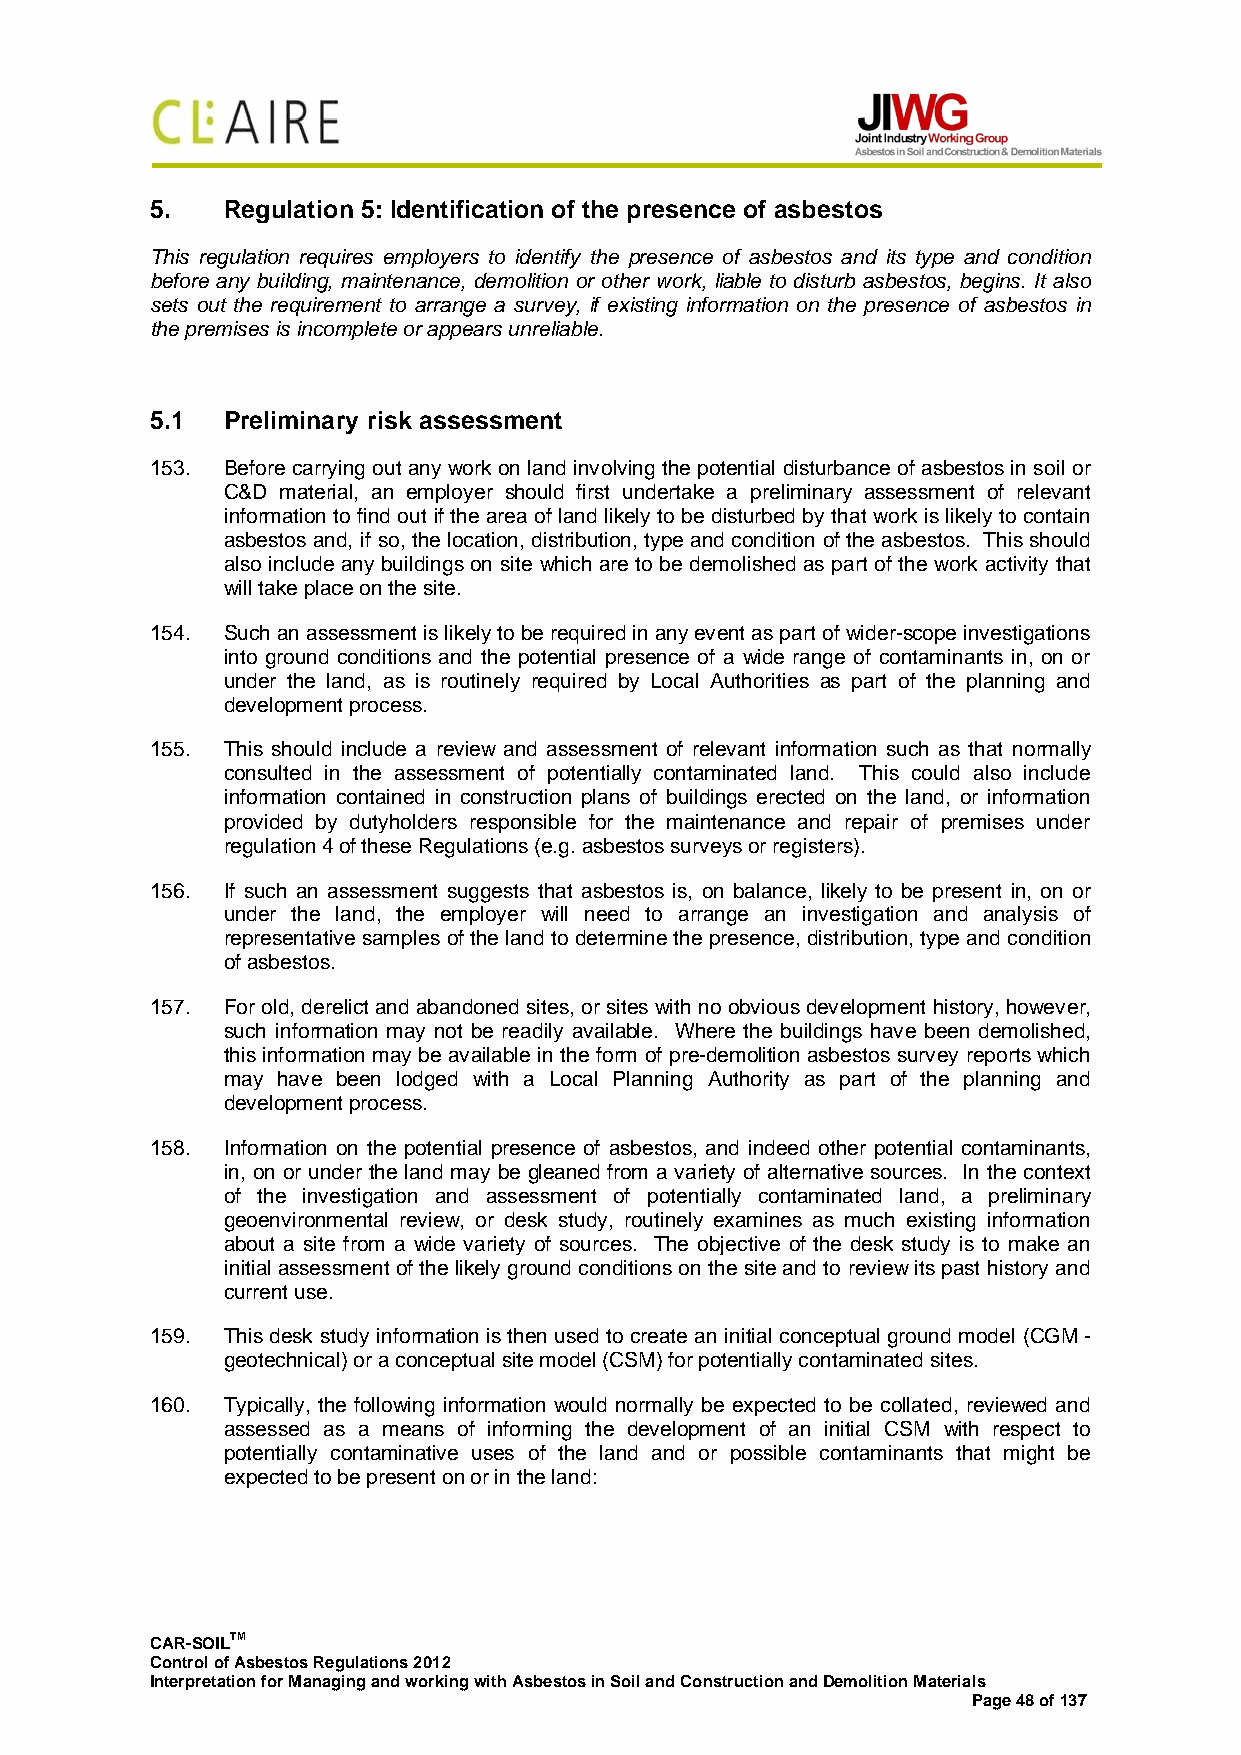
5.   Regulation 5: Identification of the presence of asbestos
 This regulation requires employers to identify the presence of asbestos and its type and condition
 before any building, maintenance, demolition or other work, liable to disturb asbestos, begins. It also
 sets out the requirement to arrange a survey, if existing information on the presence of asbestos in
 the premises is incomplete or appears unreliable.
 5.1  Preliminary risk assessment
 153. Before carrying out any work on land involving the potential disturbance of asbestos in soil or
 C&D material, an employer should first undertake a preliminary assessment of relevant
 information to find out if the area of land likely to be disturbed by that work is likely to contain
 asbestos and, if so, the location, distribution, type and condition of the asbestos. This should
 also include any buildings on site which are to be demolished as part of the work activity that
 will take place on the site.
 154. Such an assessment is likely to be required in any event as part of wider-scope investigations
 into ground conditions and the potential presence of a wide range of contaminants in, on or
 under the land, as is routinely required by Local Authorities as part of the planning and
 development process.
 155. This should include a review and assessment of relevant information such as that normally
 consulted in the assessment of potentially contaminated land. This could also include
 information contained in construction plans of buildings erected on the land, or information
 provided by dutyholders responsible for the maintenance and repair of premises under
 regulation 4 of these Regulations (e.g. asbestos surveys or registers).
 156. If such an assessment suggests that asbestos is, on balance, likely to be present in, on or
 under the land, the employer will need to arrange an investigation and analysis of
 representative samples of the land to determine the presence, distribution, type and condition
 of asbestos.
 157. For old, derelict and abandoned sites, or sites with no obvious development history, however,
 such information may not be readily available. Where the buildings have been demolished,
 this information may be available in the form of pre-demolition asbestos survey reports which
 may have been lodged with a Local Planning Authority as part of the planning and
 development process.
 158. Information on the potential presence of asbestos, and indeed other potential contaminants,
 in, on or under the land may be gleaned from a variety of alternative sources. In the context
 of the investigation and assessment of potentially contaminated land, a preliminary
 geoenvironmental review, or desk study, routinely examines as much existing information
 about a site from a wide variety of sources. The objective of the desk study is to make an
 initial assessment of the likely ground conditions on the site and to review its past history and
 current use.
 159. This desk study information is then used to create an initial conceptual ground model (CGM -
 geotechnical) or a conceptual site model (CSM) for potentially contaminated sites.
 160. Typically, the following information would normally be expected to be collated, reviewed and
 assessed as a means of informing the development of an initial CSM with respect to
 potentially contaminative uses of the land and or possible contaminants that might be
 expected to be present on or in the land:
 CAR-SOILTM
 Control of Asbestos Regulations 2012
 Interpretation for Managing and working with Asbestos in Soil and Construction and Demolition Materials
 Page 48 of 137